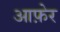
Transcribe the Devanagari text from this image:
आफ़ेर